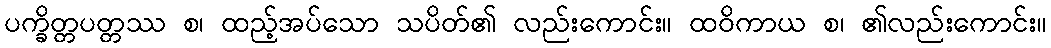
ပက္ခိတ္တပတ္တဿ စ၊ ထည့်အပ်သော သပိတ်၏ လည်းကောင်း။ ထဝိကာယ စ၊ ၏လည်းကောင်း။